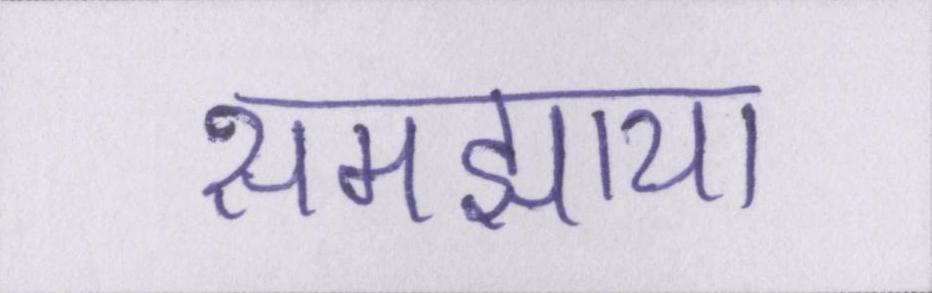
समझाया